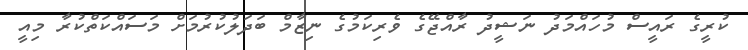
ކުރީގެ ރައީސް މުހައްމަދު ނަޝީދު ރާއްޖޭގެ ވެރިކަމުގެ ނިޒާމް ބަދަލުކުރުމަށް މަސައްކަތްކުރާ މިއީ